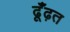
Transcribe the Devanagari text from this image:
ढूँढ़त